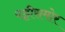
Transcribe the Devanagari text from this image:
पट्टीसमोर